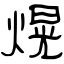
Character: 熀